Code of medical and sanitary regulations for the guidance of medical officers serving in the Madras Presidency - Volume I
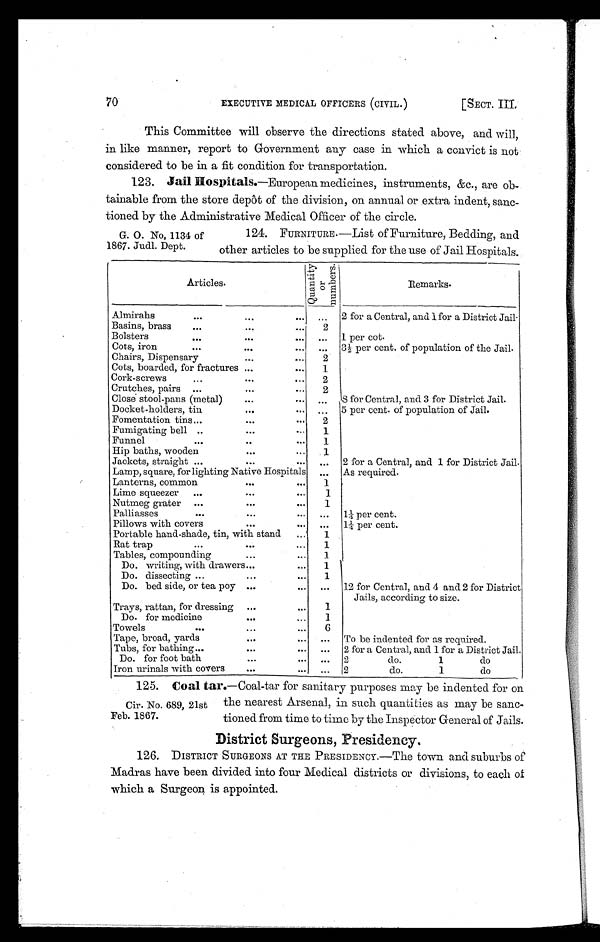
70
EXECUTIVE MEDICAL OFFICERS (CIVIL.)
[SECT.
I I I
This Committee will observe the directions stated above, and will,
in like manner, report to Government any case in which a convict is not
considered to be in a fit condition for transportation.
123. Jail Hospitals.—European medicines, instruments, &c., are ob-
tainable from the store depôt of the division, on annual or extra indent, sanc-
tioned by the Administrative Medical Officer of the circle.
G. O. No, 1134 of
1867. Judl. Dept.
124. FURNITURE.—List of Furniture, Bedding, and
other articles to be supplied for the use of Jail Hospitals.
Articles.
Q u a n t i t y o r n u m b e r s .
Remarks.
Almirahs
...
...
...
...
2 for a Central, and 1 for a District Jail.
Basins, brass
...
... 2
Bolsters... ...
...
1 per cot.
Cots, iron
...
...
...
...
3½ per cent. of population of the Jail.
Chairs, Dispensary
...
...
2
Cots, boarded, for fractures ...
...
1
Cork-screws
...
...
...
2
Crutches, pairs ...
...
...
2
Close stool-pans (metal)
...
...
... 8 for Central, and 3 for District Jail.
Docket-holders, tin
...
...
. . . 5 per cent. of population of Jail.
Fomentation tins...
...
.
2
Fumigating bell ..
...
...
1
Funnel......
1
Hip baths, wooden
...
...
1
Jackets, straight ...
...
...
...
2 for a Central, and 1 for District Jail
Lamp, square, for lighting Native Hospitals
. . . As required.
Lanterns, common
...
...
1
Lime squeezer
...
...
1
Nutmeg grater
...
...
...
1
Palliasses
...
...
...
...
1¼ per cent.
Pillows with covers
...
...
...
1¼ per cent.
Portable hand-shade, tin, with stand
1
Rat trap
...
...
1
Tables, compounding
...
...
1
Do. writing, with drawers...
...
1
Do. dissecting ...
...
. . .
1
Do. bed side, or tea poy ...
...
...
12 for Central, and 4 and 2 for District
Jails, according to size.
Trays, rattan, for dressing
...
...
1
Do. for medicine
...
...
1
Towels
...
...
...
6
Tape, broad, yards
...
...
To be indented for as required.
Tubs, for bathing...
...
...
...
2 for a Central, and 1 for a District Jail
Do. for foot bath
. . .
...
2 d o . 1d
o
Iron urinals with covers
...
...
...
2
do.
1
do
1 2 5 .
C o a l
t a r .
— C o a l - t a r f o r s a n i t a r y p u r p o s e s m a y b e i n d e n t e d f o r o n
the nearest Arsenal, in such quantities as may be sanc-
tioned from time to time by the Inspector General of Jails.
District Surgeons, Presidency.
126. DISTRICT SURGEONS AT THE PRESIDENCY.—The town and suburbs of
Madras have been divided into four Medical districts or divisions, to each of
which a Surgeon is appointed.
Cir. No. 689, 21st
Feb. 1867.